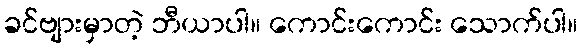
ခင်ဗျားမှာတဲ့ ဘီယာပါ။ ကောင်းကောင်း သောက်ပါ။